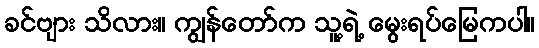
ခင်ဗျား သိလား။ ကျွန်တော်က သူ့ရဲ့ မွေးရပ်မြေကပါ။